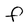
Character: F